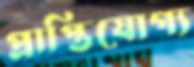
প্রাপ্তিযোগ্য